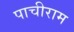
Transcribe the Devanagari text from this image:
पाचीराम